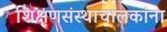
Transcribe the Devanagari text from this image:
शिक्षणसंस्थाचालकांना